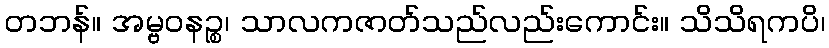
တဘန်။ အမ္ဗဝနဉ္စ၊ သာလကဇာတ်သည်လည်းကောင်း။ သိသိရကပိ၊